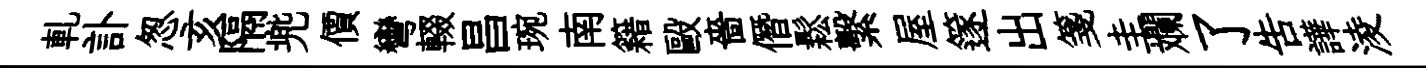
軋訃怱亥隔兠價彎輟昌琬南籍毆嗇僭鬆繫屋篴出箋圭斕了告譁淩